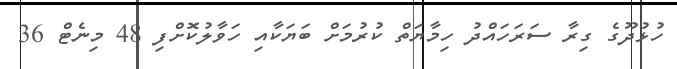
ހުޅުދޫގެ ގިރާ ސަރަހައްދު ހިމާޔަތް ކުރުމަށް ބަޔަކާއި ހަވާލުކޮށްފި 48 މިނެޓް 36